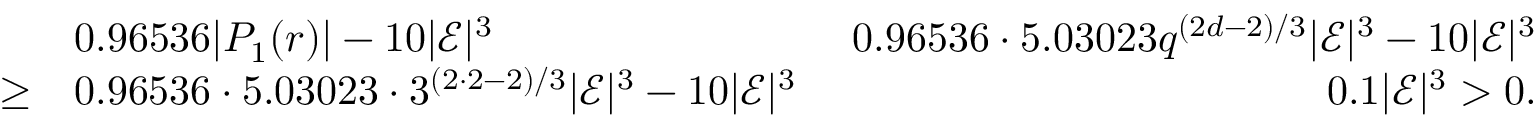
\begin{array} { r l r } & { 0 . 9 6 5 3 6 | P _ { 1 } ( r ) | - 1 0 | \mathcal { E } | ^ { 3 } \ } & { 0 . 9 6 5 3 6 \cdot 5 . 0 3 0 2 3 q ^ { ( 2 d - 2 ) / 3 } | \mathcal { E } | ^ { 3 } - 1 0 | \mathcal { E } | ^ { 3 } } \\ { \geq } & { 0 . 9 6 5 3 6 \cdot 5 . 0 3 0 2 3 \cdot 3 ^ { ( 2 \cdot 2 - 2 ) / 3 } | \mathcal { E } | ^ { 3 } - 1 0 | \mathcal { E } | ^ { 3 } \ } & { 0 . 1 | \mathcal { E } | ^ { 3 } > 0 . } \end{array}